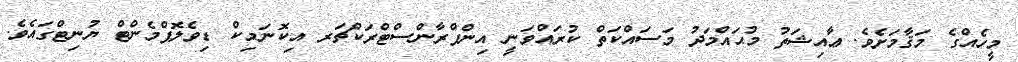
މީހެއްގެ މަޤާމަށެވެ. ޢާއިޝަތު މުޙައްމަދު މަސައްކަތް ކުރައްވަނީ އިންފްރާންސްޓްރަކްޗަރ އިކޮނަމިކް ޑިވެލޮޕްމެންޓް ޔުނިޓްގައެވެ.